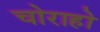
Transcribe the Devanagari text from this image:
चोराहो